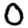
Digit: 0